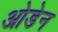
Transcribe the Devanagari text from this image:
ओडेन